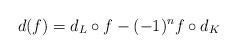
LaTeX: \begin{align*}d(f)=d_L\circ f-(-1)^nf\circ d_K\end{align*}